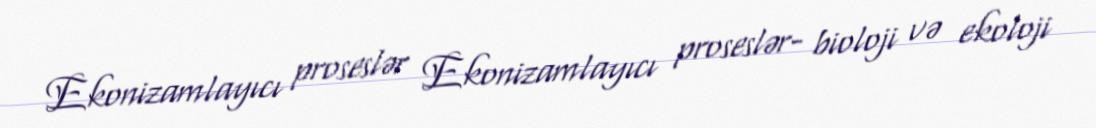
Ekonizamlayıcı proseslər Ekonizamlayıcı proseslər- bioloji və ekoloji